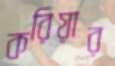
করিয়ার